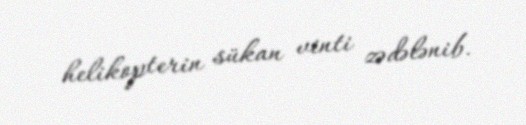
helikopterin sükan vinti zədələnib.